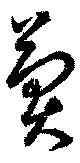
冀